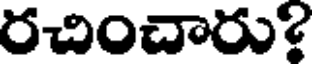
రచించారు?